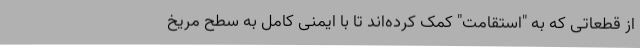
از قطعاتی که به "استقامت" کمک کرده‌اند تا با ایمنی کامل به سطح مریخ